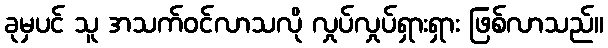
ခုမှပင် သူ အသက်ဝင်လာသလို လှုပ်လှုပ်ရှားရှား ဖြစ်လာသည်။